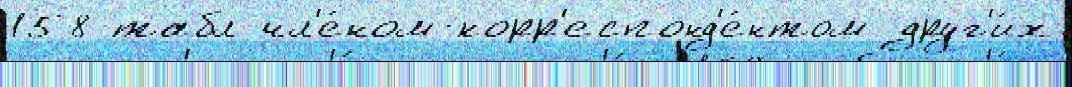
158 табл чл'е́ном-корр'еспонд'е́нтом друг'и́х